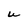
Character: U